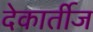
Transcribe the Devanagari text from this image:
देकार्तीज